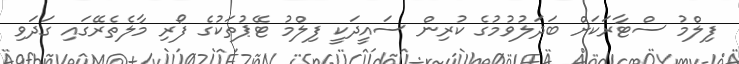
ފިލްމު ސްޓާރަކަށް ބަދަލުވުމުގެ ކުރިން ސައީދަކީ ފިލްމު ޓޭޕުތަކުގެ ފޯރި މާލެތެރޭގައި ގަދަވި